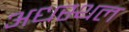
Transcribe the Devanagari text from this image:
अधस्थल